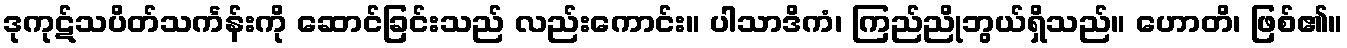
ဒုကုဋ်သပိတ်သင်္ကန်းကို ဆောင်ခြင်းသည် လည်းကောင်း။ ပါသာဒိကံ၊ ကြည်ညိုဘွယ်ရှိသည်။ ဟောတိ၊ ဖြစ်၏။